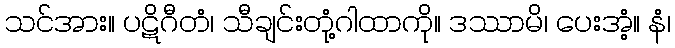
သင်အား။ ပဋိဂီတံ၊ သီချင်းတုံ့ဂါထာကို။ ဒဿာမိ၊ ပေးအံ့။ နံ၊